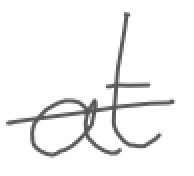
Text: at
Cross-out: single-line
Writing tool: digital_gray